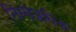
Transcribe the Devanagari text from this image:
निम्मेअधिक